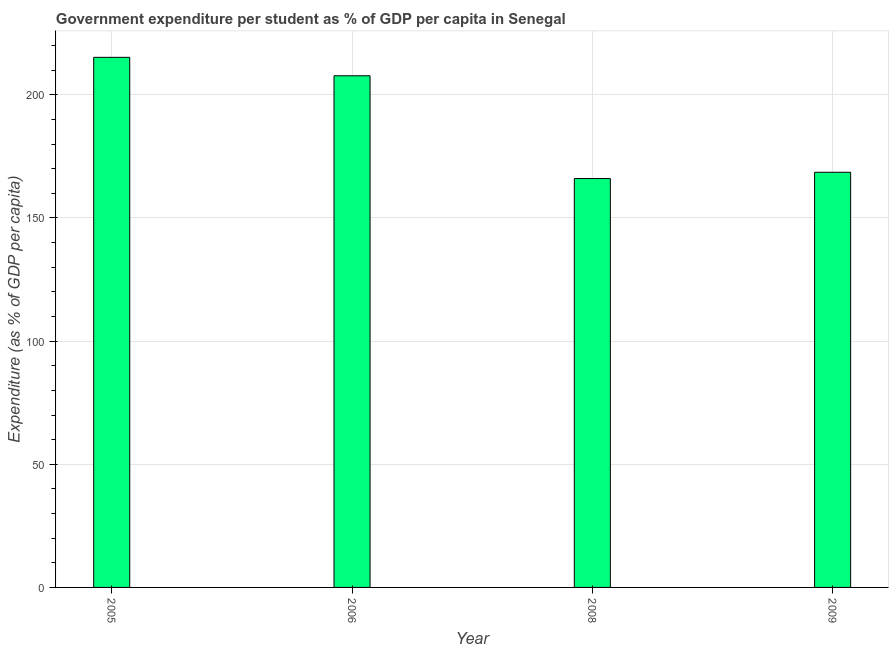
| Year | Government expenditure per tertiary student |
 | --- | --- |
 | 2005 | 215 |
 | 2006 | 208 |
 | 2008 | 166 |
 | 2009 | 169 |